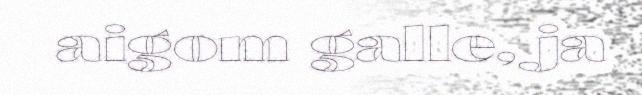
aigom galle, ja